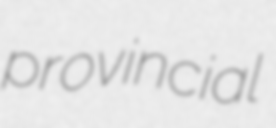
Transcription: provincial